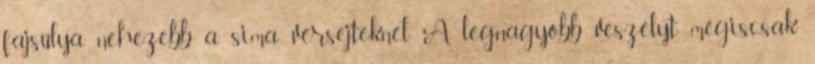
fajsúlya nehezebb a sima vérsejteknél. A legnagyobb veszélyt mégiscsak